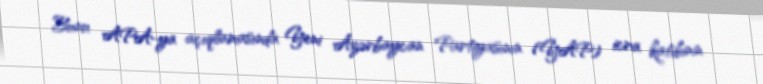
Bunu APA-ya açıqlamasında Yeni Azərbaycan Partiyasının (YAP) icra katibinin